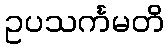
ဥပသင်္ကမတိ